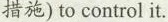
措施)to control it.